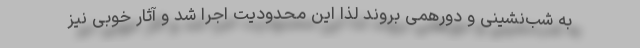
به شب‌نشینی و دورهمی بروند لذا این محدودیت اجرا شد و آثار خوبی نیز